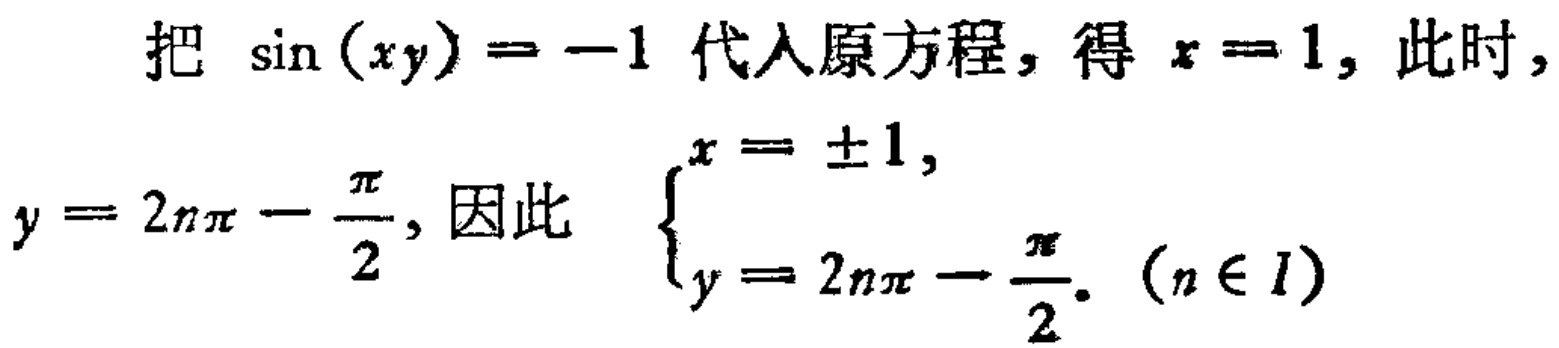
把 $\sin(xy)=-1$ 代入原方程，得 $x = 1$，此时，
$y = 2n\pi-\frac{\pi}{2}$，因此 $\begin{cases}x = \pm 1,\\y = 2n\pi-\frac{\pi}{2}.\end{cases}$ ($n\in I$)